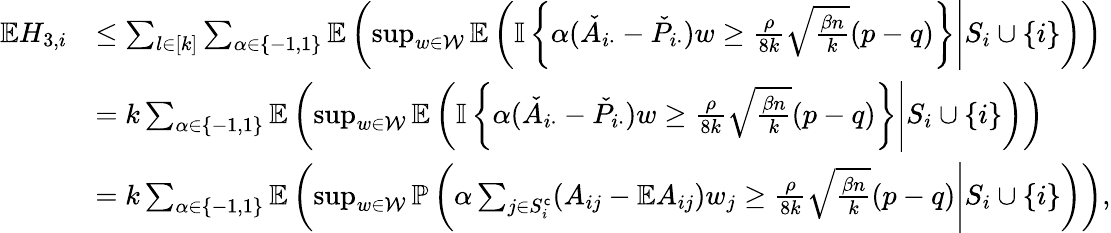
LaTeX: \begin{array}{rl}{\mathbb{E}H_{3,i}}&{\leq\sum_{l\in[k]}\sum_{\alpha\in\{ -1,1\} }\mathbb{E}\left(\operatorname*{sup}_{w\in\mathcal{W}}\mathbb{E}\left({\mathbb{I}\left\{ {\alpha(\check{A}_{i\cdot}-\check{P}_{i\cdot})w\geq\frac{\rho}{8k}\sqrt{\frac{\beta n}{k}}(p-q)}\right\} }\Bigg|S_{i}\cup\{ i\} \right)\right)}\\ &{=k\sum_{\alpha\in\{ -1,1\} }\mathbb{E}\left(\operatorname*{sup}_{w\in\mathcal{W}}\mathbb{E}\left({\mathbb{I}\left\{ {\alpha(\check{A}_{i\cdot}-\check{P}_{i\cdot})w\geq\frac{\rho}{8k}\sqrt{\frac{\beta n}{k}}(p-q)}\right\} }\Bigg|S_{i}\cup\{ i\} \right)\right)}\\ &{=k\sum_{\alpha\in\{ -1,1\} }\mathbb{E}\left(\operatorname*{sup}_{w\in\mathcal{W}}\mathbb{P}\left(\alpha\sum_{j\in S_{i}^{\mathsf{c}}}(A_{ij}-\mathbb{E}A_{ij})w_{j}\geq\frac{\rho}{8k}\sqrt{\frac{\beta n}{k}}(p-q)\Bigg|S_{i}\cup\{ i\} \right)\right),}\end{array}